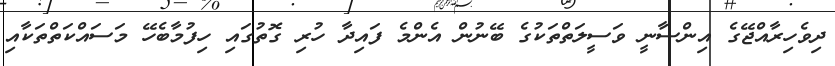
ދިވެހިރާއްޖޭގެ އިންސާނީ ވަސީލަތްތަކުގެ ބޭނުން އެންމެ ފައިދާ ހުރި ގޮތުގައި ހިފުމާބެހޭ މަސައްކަތްތަކާއި